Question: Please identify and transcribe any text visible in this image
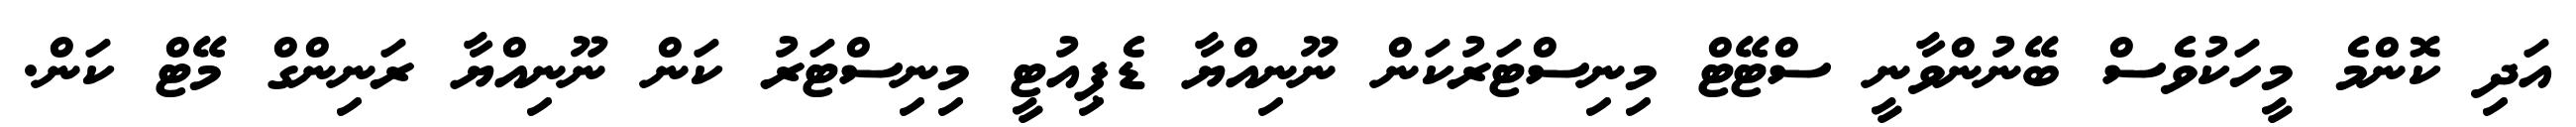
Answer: އަދި ކޮންމެ މީހަކުވެސް ބޭނުންވާނީ ސްޓޭޓް މިނިސްޓަރުކަން ނޫނިއްޔާ ޑެޕިއުޓީ މިނިސްޓަރު ކަން ނޫނިއްޔާ ރަނިންގް މޭޓް ކަން.